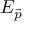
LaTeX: E _ { \vec { p } }